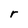
Character: r